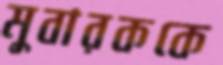
মুবারককে